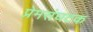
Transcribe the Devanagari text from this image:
प्रेमसंघटक